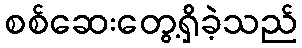
စစ်ဆေးတွေ့ရှိခဲ့သည်